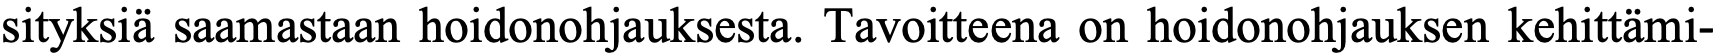
sityksiä saamastaan hoidonohjauksesta. Tavoitteena on hoidonohjauksen kehittämi-